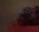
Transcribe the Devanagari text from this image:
सर्वकर्ता